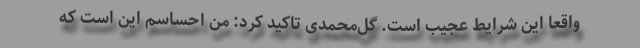
واقعا این شرایط عجیب است. گل‌محمدی تاکید کرد: من احساسم این است که